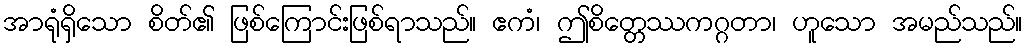
အာရုံရှိသော စိတ်၏ ဖြစ်ကြောင်းဖြစ်ရာသည်။ ဧကံ၊ ဤစိတ္တေဿကဂ္ဂတာ၊ ဟူသော အမည်သည်။